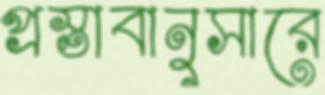
প্রস্তাবানুসারে